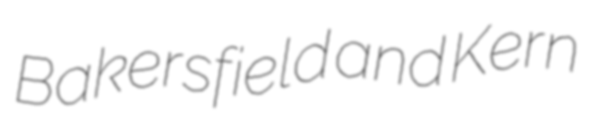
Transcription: Bakersfield and Kern